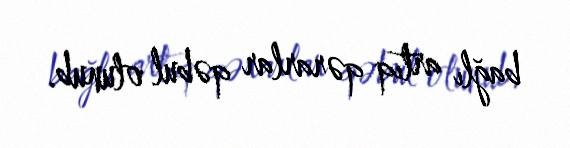
bağlı artıq qərarlar qəbul olunub.